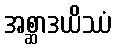
အစ္ဆာဒယိဿံ